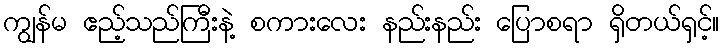
ကျွန်မ ဧည့်သည်ကြီးနဲ့ စကားလေး နည်းနည်း ပြောစရာ ရှိတယ်ရှင့်။